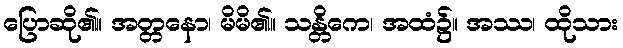
ပြောဆို၏။ အတ္တနော၊ မိမိ၏။ သန္တိကေ၊ အထံ၌။ အဿ၊ ထိုသား